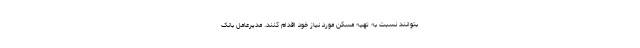
بتوانند نسبت به تهیه مسکن مورد نیاز خود اقدام کنند. مدیرعامل بانک